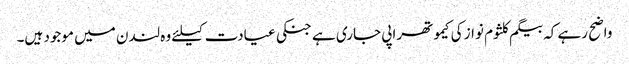
واضح رہے کہ بیگم کلثوم نواز کی کیموتھراپی جاری ہے جنکی عیادت کیلئے وہ لندن میں موجود ہیں۔